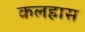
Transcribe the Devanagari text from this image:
कलहास